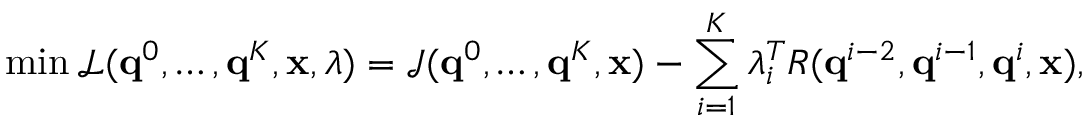
\operatorname* { m i n } \mathcal { L } ( \mathbf { q } ^ { 0 } , \dots , \mathbf { q } ^ { K } , \ensuremath { \mathbf { x } } , \lambda ) = \mathcal { J } ( \mathbf { q } ^ { 0 } , \dots , \mathbf { q } ^ { K } , \ensuremath { \mathbf { x } } ) - \sum _ { i = 1 } ^ { K } \lambda _ { i } ^ { T } R ( \mathbf { q } ^ { i - 2 } , \mathbf { q } ^ { i - 1 } , \mathbf { q } ^ { i } , \ensuremath { \mathbf { x } } ) ,